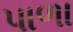
પાળા